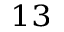
^ { 1 3 }